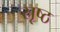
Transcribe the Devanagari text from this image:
स्रृष्ठ